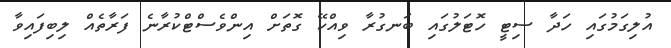
އުލިގަމުގައި ހަދާ ސިޓީ ހޮޓަލުގައި ބަނގުރާ ވިއްކޭ ގޮތަށް އިންވެސްޓްކުރާނެ ފަރާތެއް ލިބިފައިވާ